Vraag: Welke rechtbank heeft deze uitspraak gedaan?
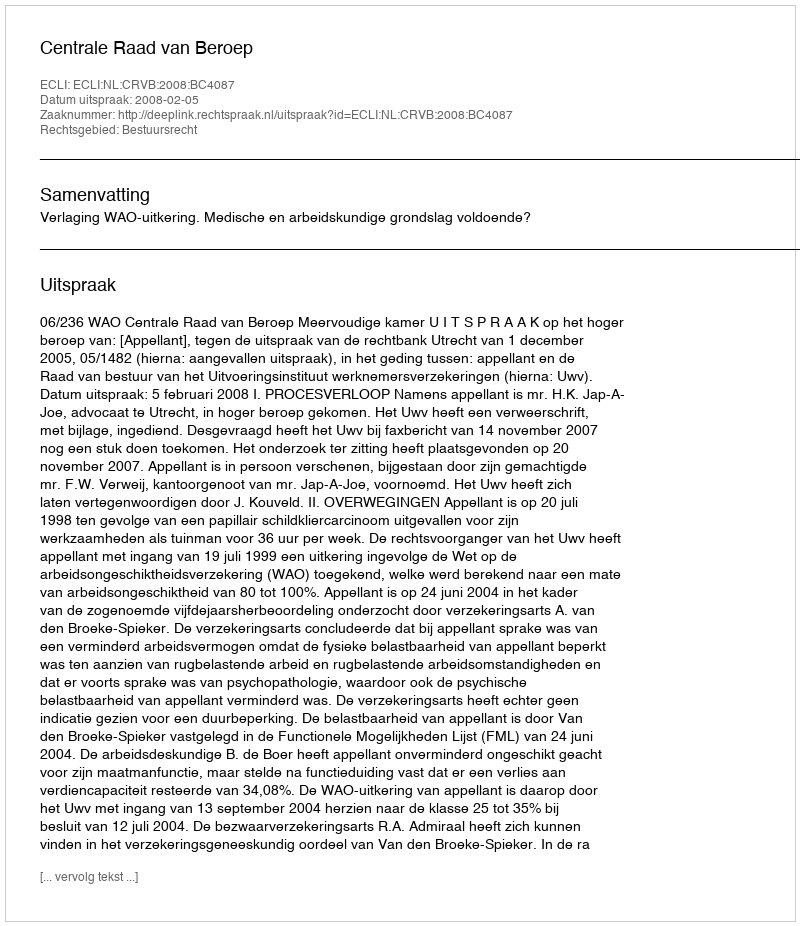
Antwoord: Centrale Raad van Beroep